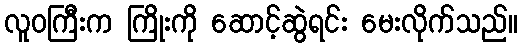
လူဝကြီးက ကြိုးကို ဆောင့်ဆွဲရင်း မေးလိုက်သည်။